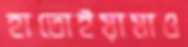
হাতোইয়ামাও